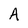
Character: A